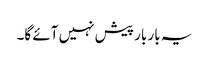
یہ بار بار پیش نہیں آئے گا۔